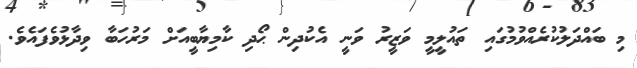
މި ބައްދަލުކުރެއްވުމުގައި ތައުލީމީ ވަޒީރު ވަނީ އެކުދިން ޙޯދި ކާމިޔާބީއަށް މަރުހަބާ ވިދާޅުވެފައެވެ.